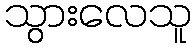
သွားလေသူ